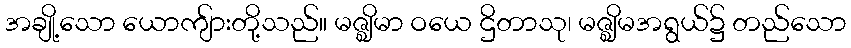
အချို့သော ယောကျ်ားတို့သည်။ မဇ္ဈိမာ ဝယေ ဌိတာသု၊ မဇ္ဈိမအရွယ်၌ တည်သော